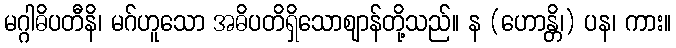
မဂ္ဂါဓိပတီနိ၊ မဂ်ဟူသော အဓိပတိရှိသောဈာန်တို့သည်။ န (ဟောန္တိ၊) ပန၊ ကား။